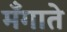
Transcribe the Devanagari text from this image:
मँगाते